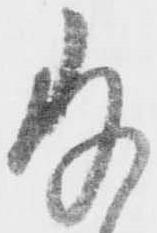
存